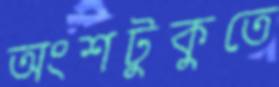
অংশটুকুতে